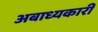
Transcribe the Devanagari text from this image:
अबाध्यकारी